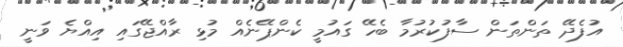
އުފެދޭ ތަންތަން ސާފުކުރުމާ ބެހޭ ގައުމީ ކެންޕޭނެއް މުޅި ރާއްޖޭގައި އިއްޔެ ވަނީ